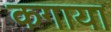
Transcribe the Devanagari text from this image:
कगाया